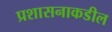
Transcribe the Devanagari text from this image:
प्रशासनाकडील